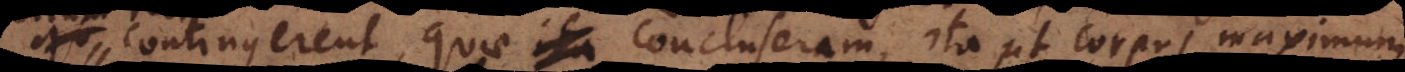
contingerent, quae ita concluseram, ita, ut corpus maximum